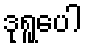
ဒုရူပေါ